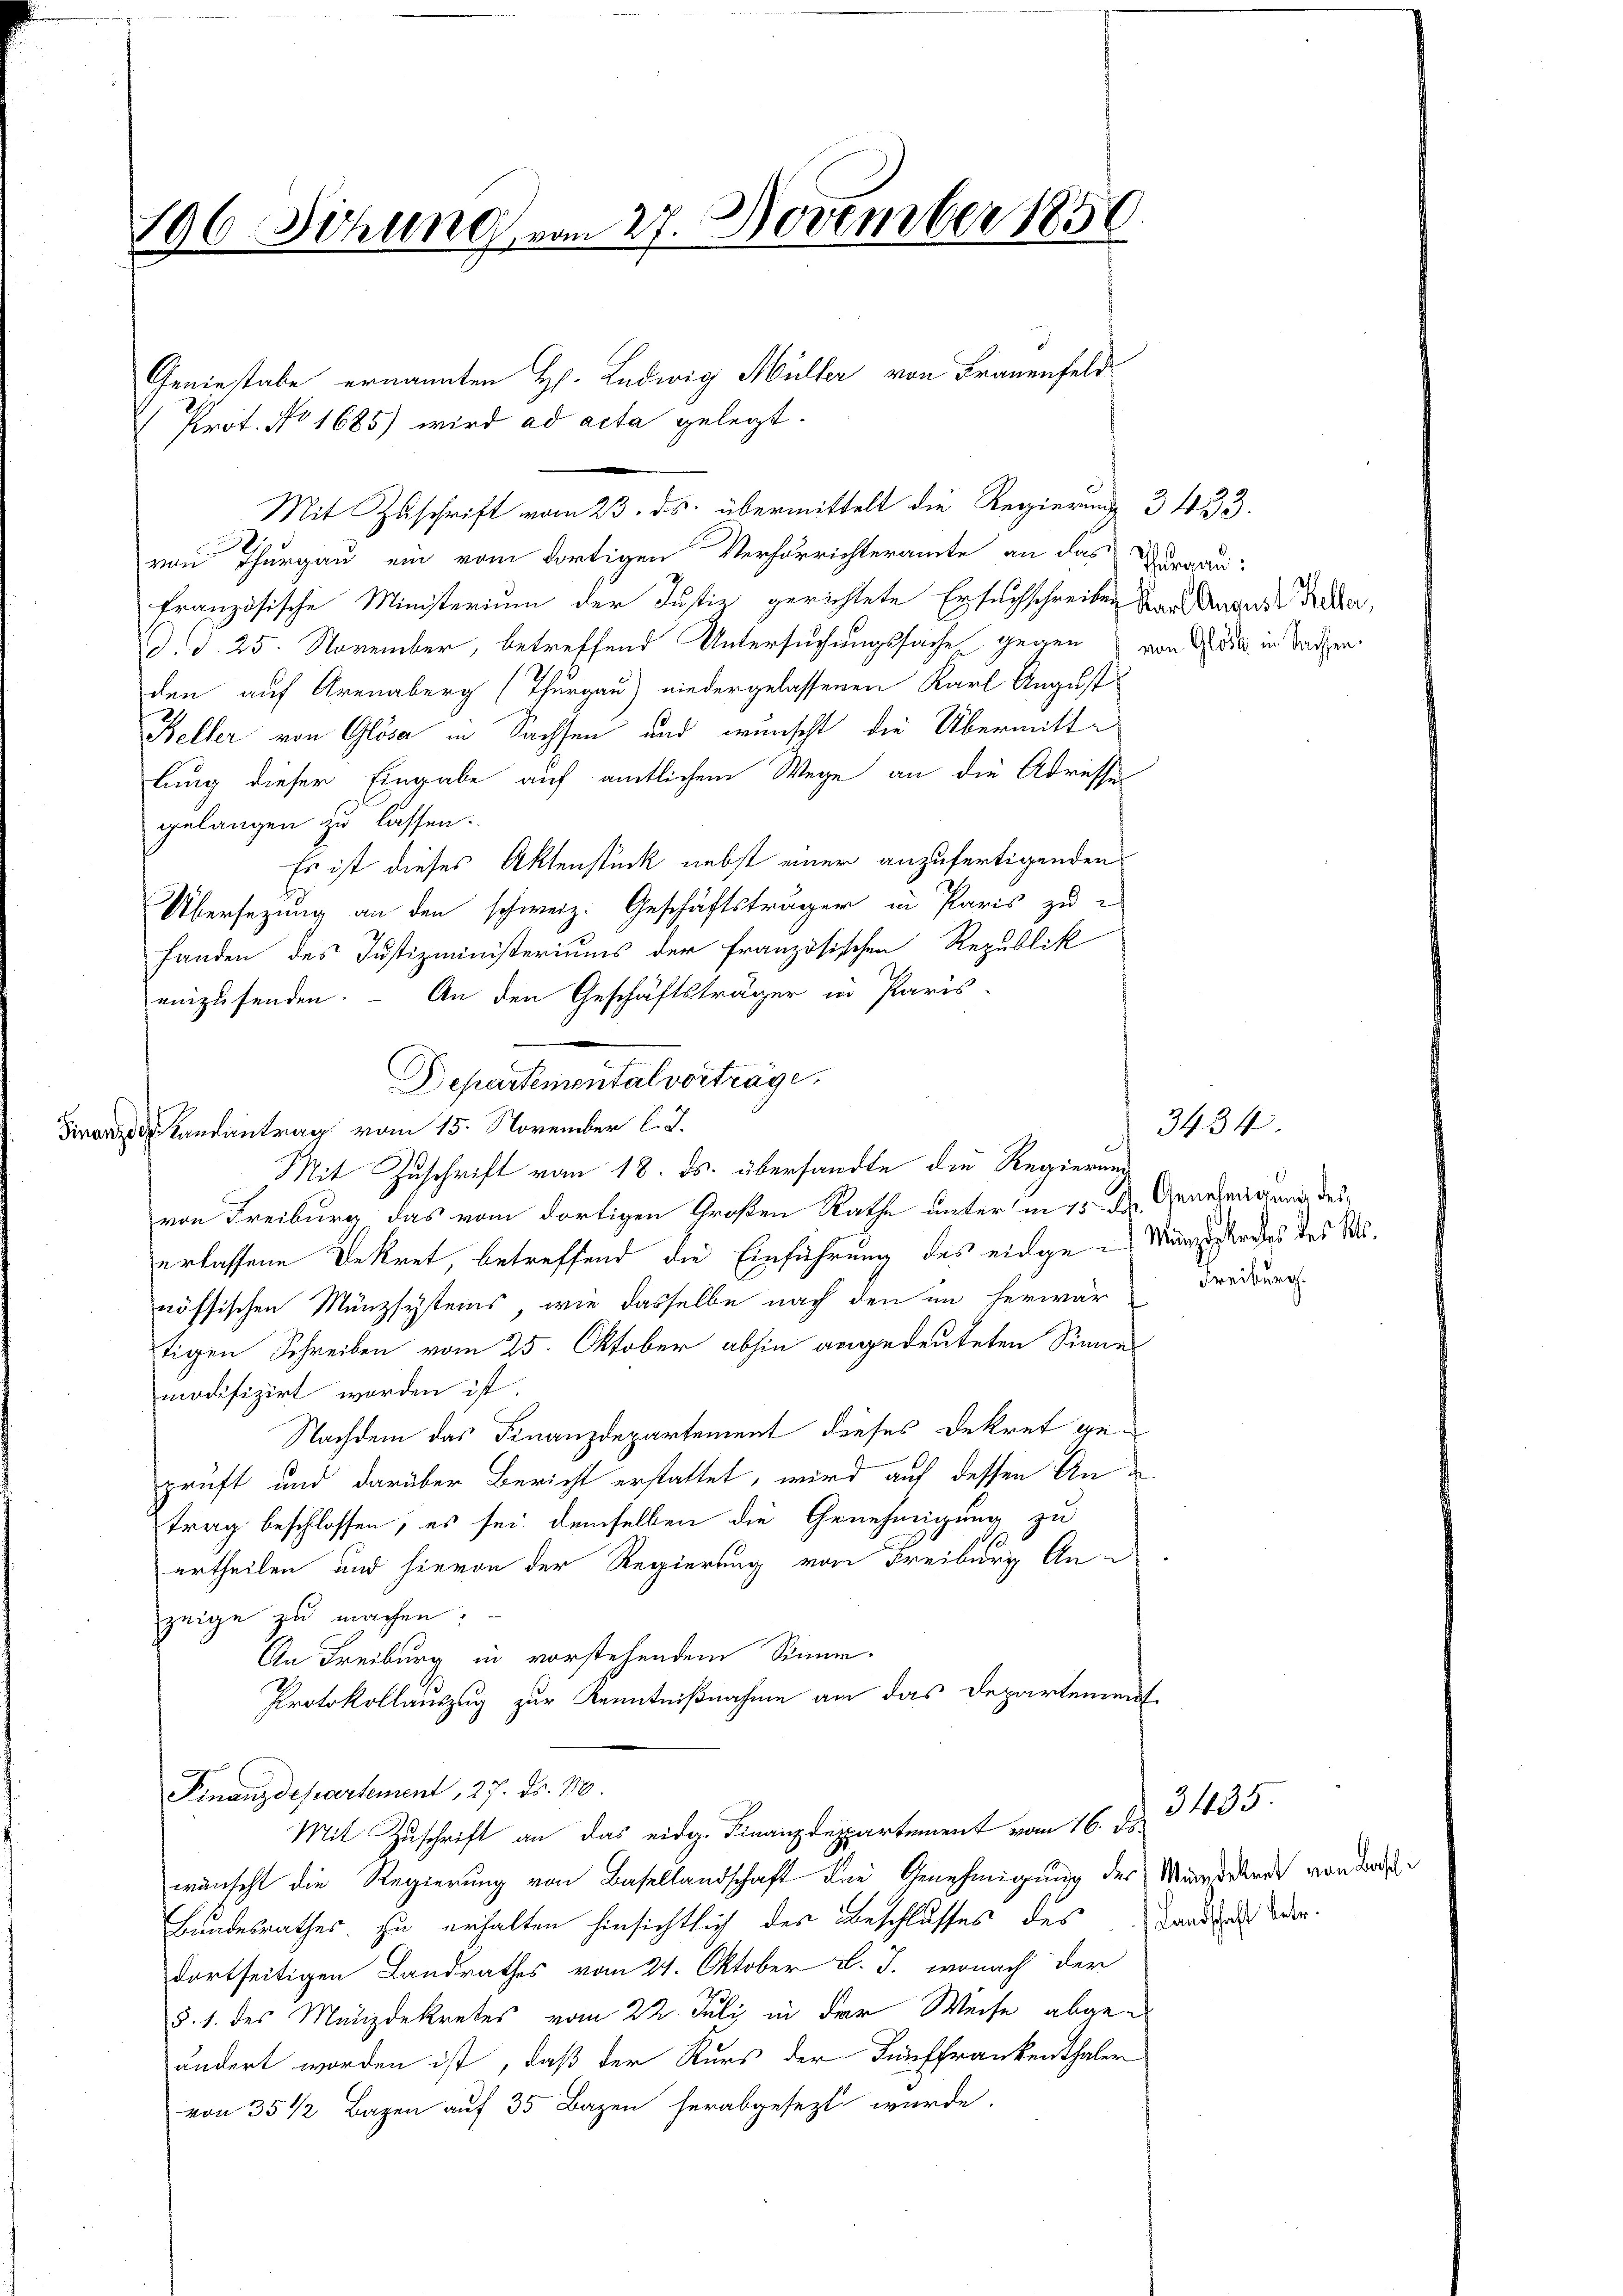
196 Söhung vom 27. November 1850.

von Thurgau ein vom dortigen Verhörrichteramte an das raau:
Französische Ministerium der Justiz gerichtete Ersuchschreiben der angende Feder,
d. d. 25. November, betreffend Untersuchungssache gegen von G. die in Sachen
den auf Arenaberg (Thurgau) niedergelassenen Karl August
Keller von Glösa in Sachsen und wünscht die Übermittlung dieser Eingabe auf amtlichem Wege an die Adressegelangen zu lassen.
Es ist dieses Aktenstück nebst einer anzufertigenden
Übersezung an den schweiz. Geschäftsträger in Paris zu
Handen des Justizministeriums der französischen Republik
einzusenden. – An den Geschäftsträger in Paris-
anantrag vom 15. November l. J.
Mit Zuschrift vom 18. ds. übersandte die Regierung
von Freiburg das vom dortigen Großen Rathe unter in 15. d. Genehmigung des
erlassene Bekret, betreffend die Einführung des eidge-Münzstandes des M
nössischen Münzsystems, wie dasselbe nach den im herwär
tigen Schreiben vom 25. Oktober abhin angedeuteten Sinne
modifizirt worden ist.
Nachdem das Finanzdepartement dieses Dekret geprüft und darüber Bericht erstattet, wird auf dessen Antrag beschlossen, es sei demselben die Genehmigung zu
ertheilen und hievon der Regierung von Freiburg An-
zeige zu machen.
An Freiburg in vorstehendem Sinne.
Protokollauszug zur Kenntnißnahme am das Departement
Finanzdepartement, 27. ds. M.
Mit Zuschrift an das eidg. Finanzdepartement vom 16. d. 3435.
wünscht die Regierung von Basellandschaft der Genehmigung des Mandekret von der
Bundesrathes zu erhalten hinsichtlich des Beschlusses des Stand der
dortseitigen Landrathes vom 21. Oktober L. J. wonach der
§. 1. des Mänzdekretes vom 22. Juli in der Weise abgeändert worden ist, daß der Kurs der Fünffrankenthaler
von 35 1/2 Bazen auf 35 Bazen herabgesezt wurde.

Geniestabe ernannten H. Ludwig Müller von Frauenfeld
Prot. No 1685) wird ad acta gelegt.
Mit Zuschrift vom 23. ds. übermittelt die Regierung 3433.

Departemental vorträge.

Treibung

3434.